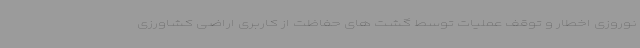
نوروزی اخطار و توقف عملیات توسط گشت های حفاظت از کاربری اراضی کشاورزی